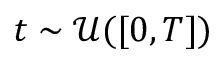
t \sim \mathcal { U } ( [ 0 , T ] )